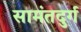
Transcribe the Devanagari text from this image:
सामंतदुर्ग